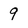
Character: 9